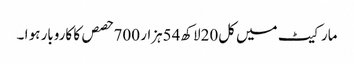
مارکیٹ میں کل20لاکھ54ہزار 700حصص کا کاروبار ہو ا ۔